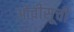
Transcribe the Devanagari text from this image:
ओवीसूची